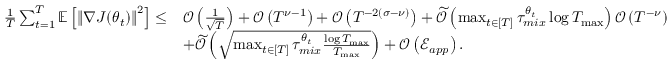
\begin{array} { r l } { \frac { 1 } { T } \sum _ { t = 1 } ^ { T } \mathbb { E } \left[ \left\lVert \nabla J ( \theta _ { t } ) \right\rVert ^ { 2 } \right] \leq } & { \mathcal { O } \left( \frac { 1 } { \sqrt { T } } \right) + \mathcal { O } \left( T ^ { \nu - 1 } \right) + \mathcal { O } \left( T ^ { - 2 ( \sigma - \nu ) } \right) + \widetilde { \mathcal { O } } \left( \operatorname* { m a x } _ { t \in [ T ] } \tau _ { m i x } ^ { \theta _ { t } } \log T _ { \operatorname* { m a x } } \right) \mathcal { O } \left( T ^ { - \nu } \right) } \\ & { + \widetilde { \mathcal { O } } \left( \sqrt { \operatorname* { m a x } _ { t \in [ T ] } \tau _ { m i x } ^ { \theta _ { t } } \frac { \log T _ { \operatorname* { m a x } } } { T _ { \operatorname* { m a x } } } } \right) + \mathcal { O } \left( \mathcal { E } _ { a p p } \right) . } \end{array}